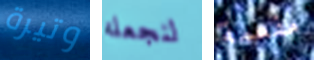
وتيرة لنجعله مفعمة